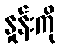
နှုန်းကို